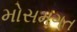
મોસમગત